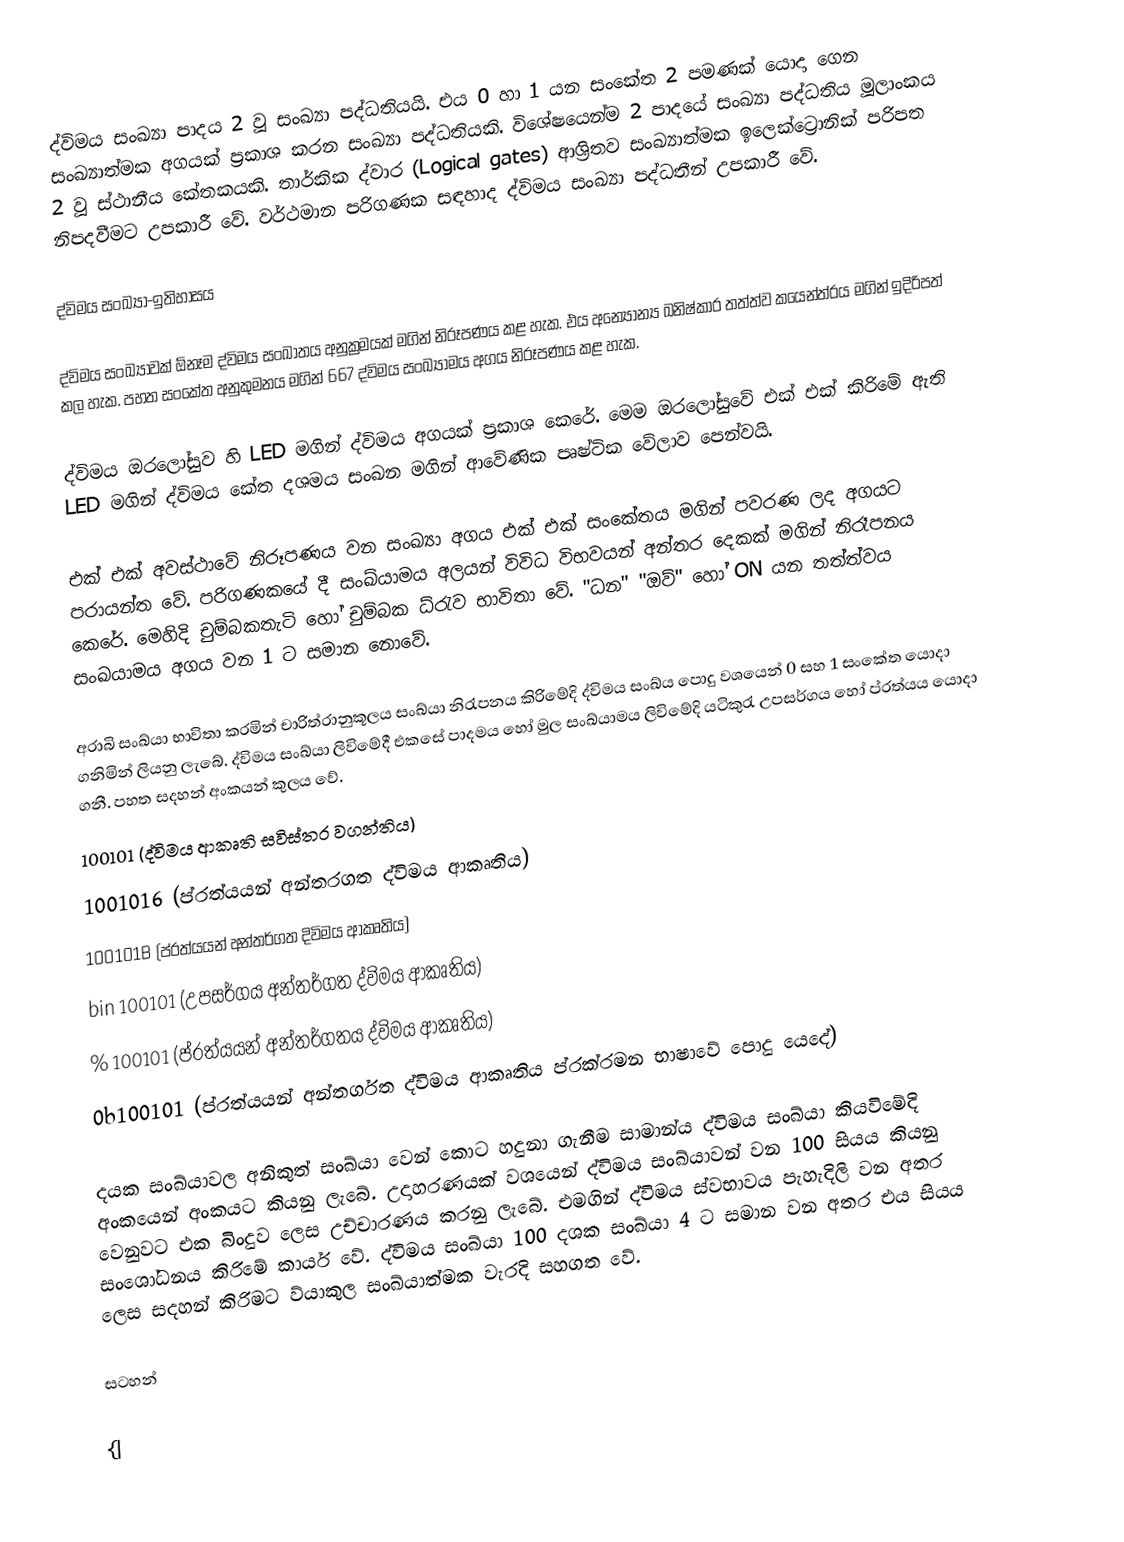
ද්විමය සංඛ්‍යා පාදය 2 වූ සංඛ්‍යා පද්ධතියයි. එය 0 හා 1 යන සංකේත 2 පමණක් යොදා‍ ගෙන සංඛ්‍යාත්මක අගයක් ප්‍රකාශ කරන සංඛ්‍යා පද්ධතියකි. විශේෂයෙන්ම 2 පාදයේ සංඛ්‍යා පද්ධතිය මූලාංකය  2 වූ ස්ථානී‍ය කේතකයකි. තාර්කික ද්වාර (Logical gates) ආශ්‍රිතව සංඛ්‍යාත්මක ඉලෙක්ට්‍රොනික් පරිපත නිපදවීමට උපකාරී වේ. වර්ථමාන පරිගණක සඳහාද ද්විමය සංඛ්‍යා පද්ධතීන් උපකාරී වේ.

ද්විමය සංඛ්‍යා-ඉතිහාසය

ද්විමය සංඛ්‍යාවක් ඕනෑම ද්විමය සංඛාතය අනුක්‍රමයක් මගින් නිරූපණය කළ හැක. එය අන්‍යොන්‍ය ඛනිෂ්කාර තත්ත්ව කයෙන්ත්රය මගින් ඉදිරිපත් කල හැක. පහත සංකේත අනුකුමනය මගින් 667 ද්විමය සංඛ්‍යාමය අගය නිරූපණය කළ හැක.

ද්විමය ඔරලෝසුව හි LED මගින් ද්විමය අගයක් ප්‍රකාශ කෙරේ. මෙම ඔරලෝසුවේ එක් එක් කිරිමේ ඇති LED මගින් ද්විමය කේත දශමය සංඛන මගින් ආවේණික පෘෂ්ටික වේලාව පෙන්වයි.

එක් එක් අවස්ථාවේ නිරූපණය වන සංඛ්‍යා අගය එක් එක් සංකේතය මගින් පවරණ ලද අගයට පරායන්ත වේ. පරිගණකයේ දී සංඛ්යාමය අලයන් විවිධ විභවයන් අන්තර දෙකක් මගින් නිරෑපනය කෙරේ. මෙහිදි චුම්බකතැටි හෝ චුම්බක ධ්රැව භාවිතා වේ. "ධන" "ඔව්" හෝ  ON යන තත්ත්වය සංඛයාමය අගය වන 1 ට සමාන නොවේ.

අරාබි සංඛ්යා භාවිතා කරමින් චාරිත්රානුකූලය සංඛ්යා නිරැපනය කිරිමේදි ද්විමය සංඛ්ය පොදු වශයෙන් 0 සහ 1 සංකේත යොදා ගනිමින් ලියනු ලැබේ. ද්විමය සංඛ්යා ලිවිමේදී එකසේ පාදමය හෝ මුල සංඛ්යාමය ලිවිමේදි යටිකුරැ උපසර්ගය හෝ ප්රත්යය යොදා ගනී. පහත සදහන් අංකයන් කුලය වේ.
100101 (ද්විමය ආකෘති සවිස්තර වගන්තිය)
1001016 (ප්රත්යයන් අන්තරගත ද්විමය ආකෘතිය)
100101B (ප්රත්යයන් අන්තර්ගත දිවිමය ආකෘතිය)
bin 100101 (උපසර්ගය අන්තර්ගත ද්විමය ආකෘතිය)
% 100101 (ප්රත්යයන් අන්තර්ගතය ද්විමය ආකෘතිය)
0b100101 (ප්රත්යයන් අන්තර්ගත ද්විමය ආකෘතිය ප්රක්රමන භාෂාවේ පොදු යෙදේ)

දයක සංඛ්යාවල අනිකුත් සංඛ්යා වෙන් කොට  හදුනා ගැනීම සාමාන්ය ද්විමය සංඛ්යා කියවිමේදි අංකයෙන් අංකයට කියනු ලැබේ. උදාහරණයක් වශයෙන් ද්විමය සංඛ්යාවන් වන 100 සියය කියනු වෙනුවට එක බිංදුව ලෙස උච්චාරණය කරනු ලැබේ. එමගින් ද්විමය ස්වභාවය පැහැදිලි වන අතර සංශෝධනය කිරිමේ කාර්ය වේ. ද්විමය සංඛ්යා 100 දශක සංඛ්යා 4 ට සමාන වන අතර එය සියය ලෙස සදහන් කිරිමට ව්යාකුල සංඛ්යාත්මක වැරදි සහගත වේ.

සටහන්

{|